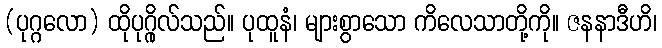
(ပုဂ္ဂလော) ထိုပုဂ္ဂိုလ်သည်။ ပုထူနံ၊ များစွာသော ကိလေသာတို့ကို။ ဇနနာဒီဟိ၊